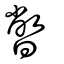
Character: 暼